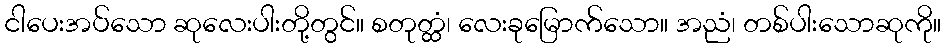
ငါပေးအပ်သော ဆုလေးပါးတို့တွင်။ စတုတ္ထံ၊ လေးခုမြောက်သော။ အညံ၊ တစ်ပါးသောဆုကို။